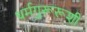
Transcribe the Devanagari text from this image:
धर्मगुरूरूशी